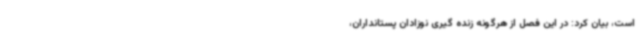
است، بیان کرد: در این فصل از هرگونه زنده گیری نوزادان پستانداران،